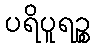
ပရိပူရဉ္စ